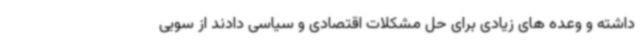
داشته و وعده های زیادی برای حل مشکلات اقتصادی و سیاسی دادند از سویی